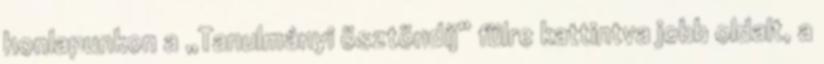
honlapunkon a „Tanulmányi ösztöndíj” fülre kattintva jobb oldalt, a